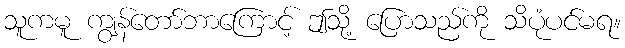
သူကမူ ကျွန်တော်ဘာကြောင့် ဤသို့ ပြောသည်ကို သိပုံပင်မရ။